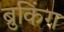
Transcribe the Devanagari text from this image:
ब्रुकिंग